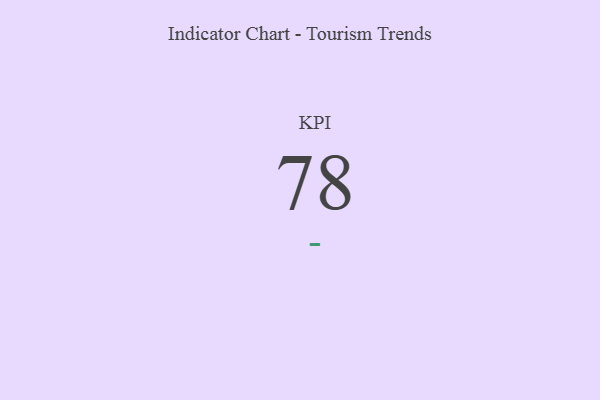
{"axis": {"x": "KPI", "y": "Value"}, "legend": [""], "data": [{"x": "KPI", "y": 78, "type": ""}]}